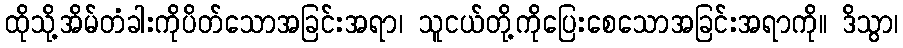
ထိုသို့အိမ်တံခါးကိုပိတ်သောအခြင်းအရာ၊ သူငယ်တို့ကိုပြေးစေသောအခြင်းအရာကို။ ဒိသွာ၊